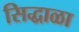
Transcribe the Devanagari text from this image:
सिद्धाळा